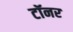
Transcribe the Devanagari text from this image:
टॉनर